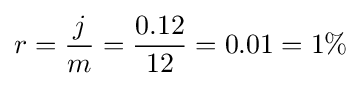
r={j \over m}={0.12 \over 12}=0.01=1\%